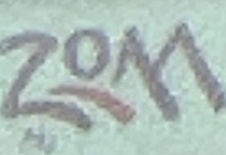
zom